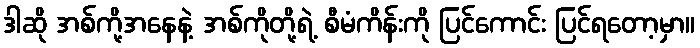
ဒါဆို အစ်ကို့အနေနဲ့ အစ်ကိုတို့ရဲ့ စီမံကိန်းကို ပြင်ကောင်း ပြင်ရတော့မှာ။